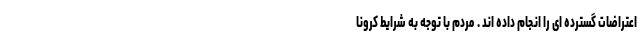
اعتراضات گسترده ای را انجام داده اند . مردم با توجه به شرایط کرونا